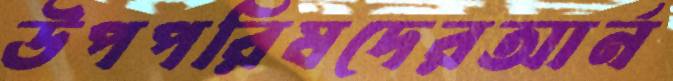
উপপরিষদেরআর্ন